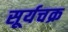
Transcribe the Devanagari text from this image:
सूर्यचक्र